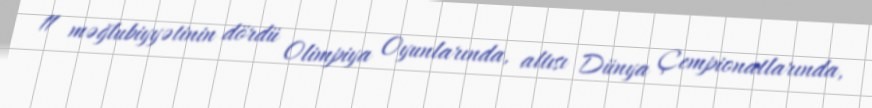
11 məğlubiyyətinin dördü Olimpiya Oyunlarında, altısı Dünya Çempionatlarında,